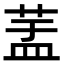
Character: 𦱃